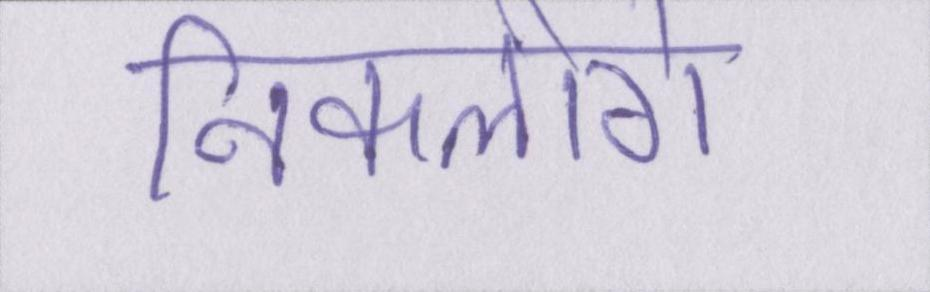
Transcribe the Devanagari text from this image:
निकलोगे